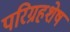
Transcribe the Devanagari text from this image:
परिग्रहशेष